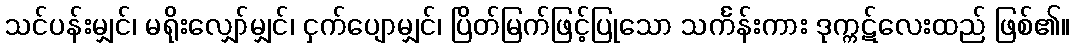
သင်ပန်းမျှင်၊ မရိုးလျှော်မျှင်၊ ငှက်ပျောမျှင်၊ ပြိတ်မြက်ဖြင့်ပြုသော သင်္ကန်းကား ဒုက္ကဋ်လေးထည် ဖြစ်၏။